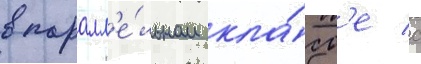
в паралл'е́льном кла́сс'е с